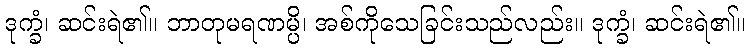
ဒုက္ခံ၊ ဆင်းရဲ၏။ ဘာတုမရဏမ္ပိ၊ အစ်ကိုသေခြင်းသည်လည်း။ ဒုက္ခံ၊ ဆင်းရဲ၏။